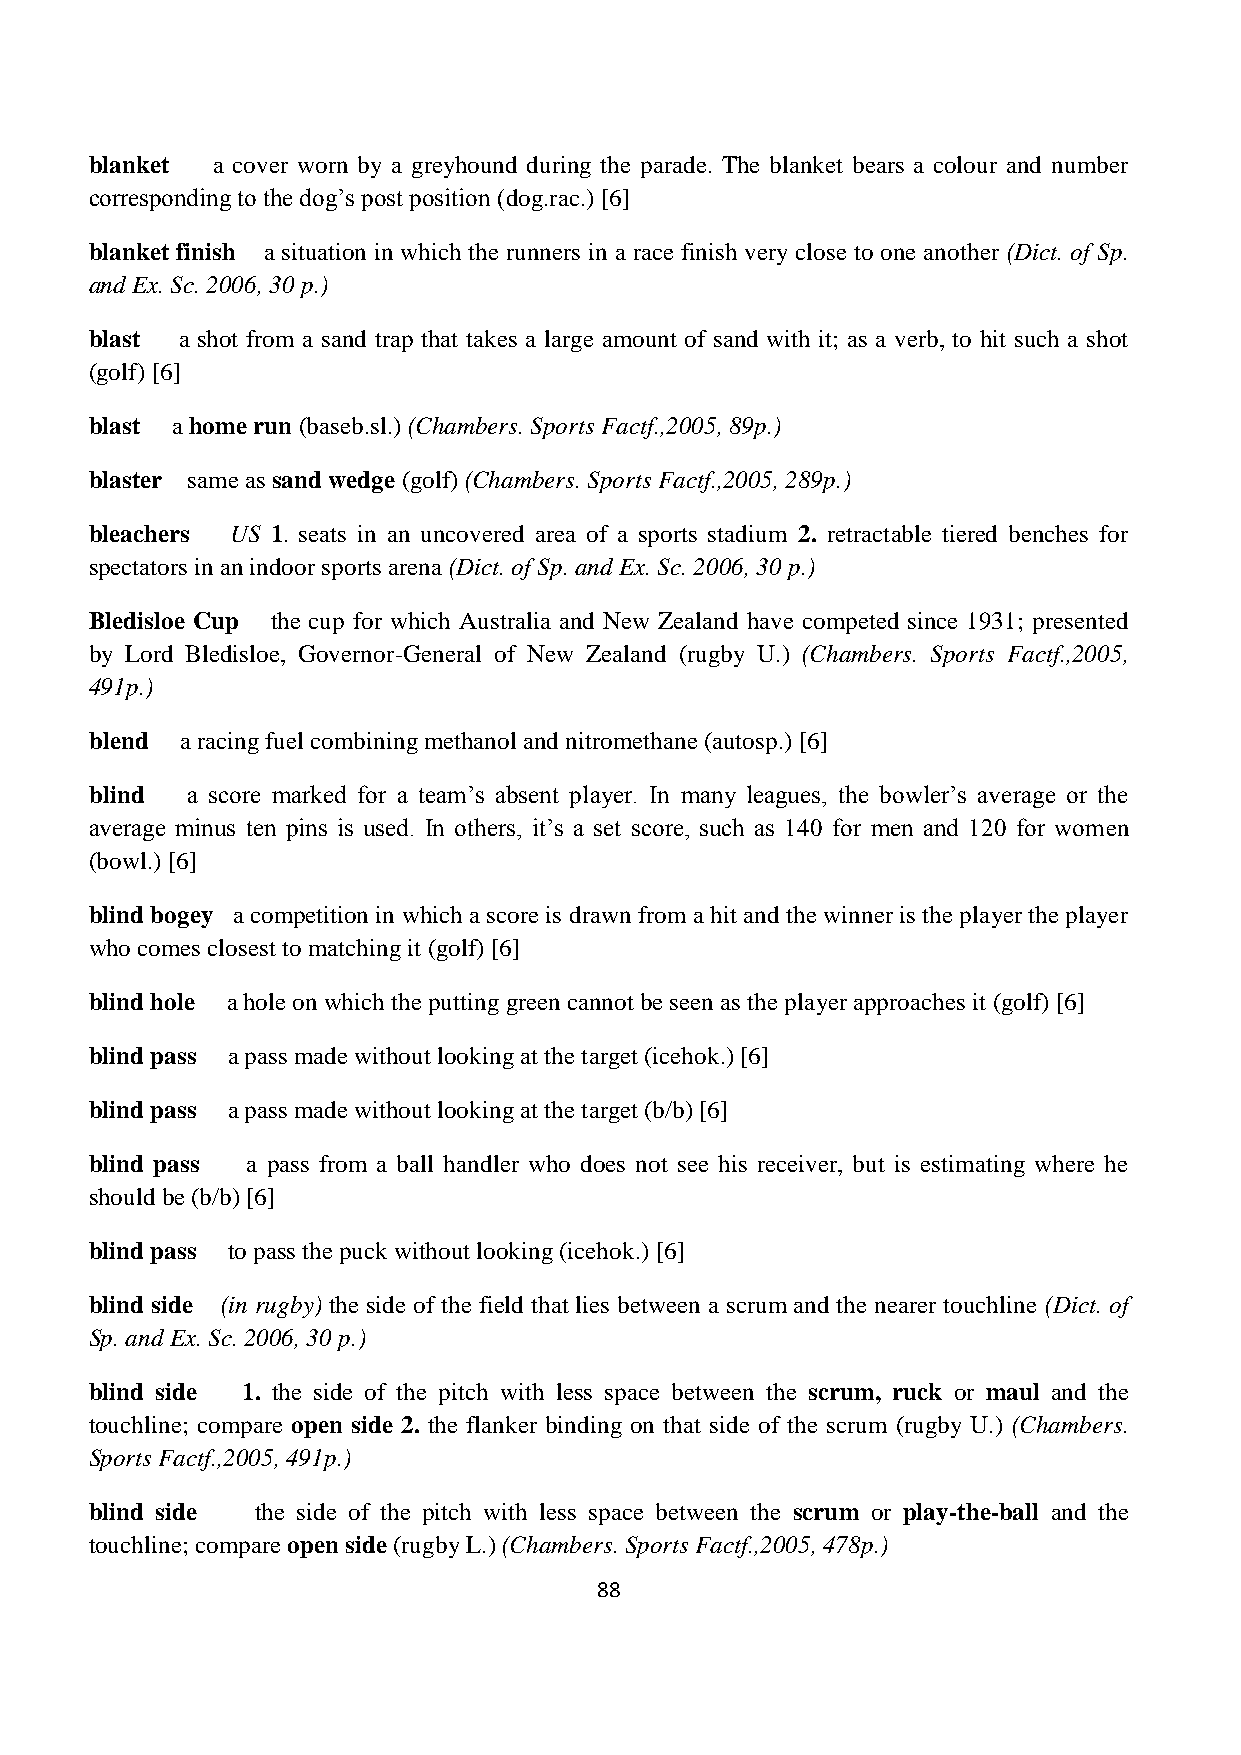
blanket a cover worn by a greyhound during the parade. The blanket bears a colour and number
 corresponding to the dog’s post position (dog.rac.) [6]
 blanket finish a situation in which the runners in a race finish very close to one another (Dict. of Sp.
 and Ex. Sc. 2006, 30 p.)
 blast a shot from a sand trap that takes a large amount of sand with it; as a verb, to hit such a shot
 (golf) [6]
 blast a home run (baseb.sl.) (Chambers. Sports Factf.,2005, 89p.)
 blaster same as sand wedge (golf) (Chambers. Sports Factf.,2005, 289p.)
 bleachers US 1. seats in an uncovered area of a sports stadium 2. retractable tiered benches for
 spectators in an indoor sports arena (Dict. of Sp. and Ex. Sc. 2006, 30 p.)
 Bledisloe Cup the cup for which Australia and New Zealand have competed since 1931; presented
 by Lord Bledisloe, Governor-General of New Zealand (rugby U.) (Chambers. Sports Factf.,2005,
 491p.)
 blend a racing fuel combining methanol and nitromethane (autosp.) [6]
 blind a score marked for a team’s absent player. In many leagues, the bowler’s average or the
 average minus ten pins is used. In others, it’s a set score, such as 140 for men and 120 for women
 (bowl.) [6]
 blind bogey a competition in which a score is drawn from a hit and the winner is the player the player
 who comes closest to matching it (golf) [6]
 blind hole a hole on which the putting green cannot be seen as the player approaches it (golf) [6]
 blind pass a pass made without looking at the target (icehok.) [6]
 blind pass a pass made without looking at the target (b/b) [6]
 blind pass a pass from a ball handler who does not see his receiver, but is estimating where he
 should be (b/b) [6]
 blind pass to pass the puck without looking (icehok.) [6]
 blind side (in rugby) the side of the field that lies between a scrum and the nearer touchline (Dict. of
 Sp. and Ex. Sc. 2006, 30 p.)
 blind side 1. the side of the pitch with less space between the scrum, ruck or maul and the
 touchline; compare open side 2. the flanker binding on that side of the scrum (rugby U.) (Chambers.
 Sports Factf.,2005, 491p.)
 blind side the side of the pitch with less space between the scrum or play-the-ball and the
 touchline; compare open side (rugby L.) (Chambers. Sports Factf.,2005, 478p.)
 88